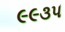
૯૯૩૫